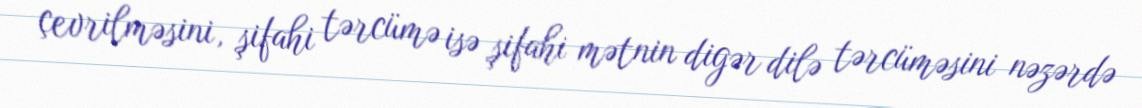
çevrilməsini, şifahi tərcümə isə şifahi mətnin digər dilə tərcüməsini nəzərdə